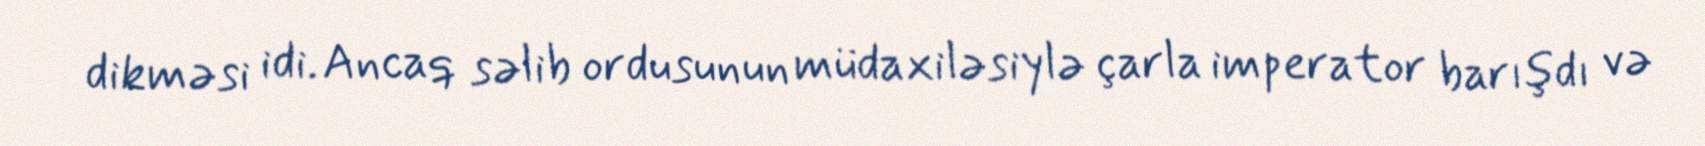
dikməsi idi. Ancaq səlib ordusunun müdaxiləsiylə çarla imperator barışdı və